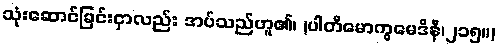
သုံးဆောင်ခြင်းငှာလည်း အပ်သည်ဟူ၏၊ (ပါတိမောက္ခမေဒိနီ၊၂၁၅။)